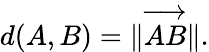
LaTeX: d(A,B)=\| {\overrightarrow{AB}}\| .